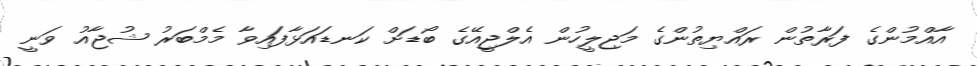
އާއްމުންގެ ފަރާތުން ރައްޔިތުންގެ މަޖިލީހުން އެލްޖީއޭގެ ބޯޑަށް ކަނޑައަޅާފައިވާ މެމްބަރު ޝުޖާއު ވަނީ